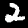
Label: 2